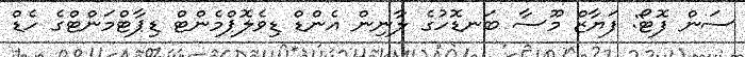
ސަން ފޮޓޯ: ފަޔާޒް މޫސާ ބަނޑޮހުގެ ލާނިން އެންޑް ޑިވެލޮޕްމެންޓް ޑިޕާޓްމަންޓްގެ ހެޑް